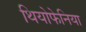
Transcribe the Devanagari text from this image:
थियोफेनिया